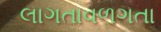
લાગતાવળગતા